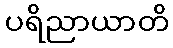
ပရိညာယာတိ